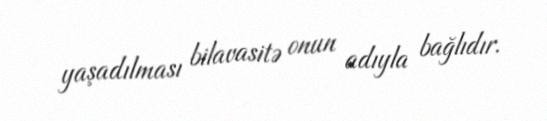
yaşadılması bilavasitə onun adıyla bağlıdır.